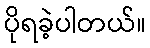
ပိုရခဲ့ပါတယ်။